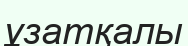
ұзатқалы